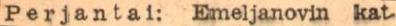
Perjantai: Emeljanovin kat-